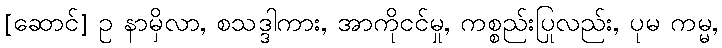
[ဆောင်] ဥ နာမှိလာ, စသဒ္ဒါကား, အာကိုငင်မှု, ကစ္စည်းပြုလည်း, ပုမ ကမ္မ,